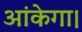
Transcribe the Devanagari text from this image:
आंकेगा।